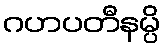
ဂဟပတီနမ္ပိ